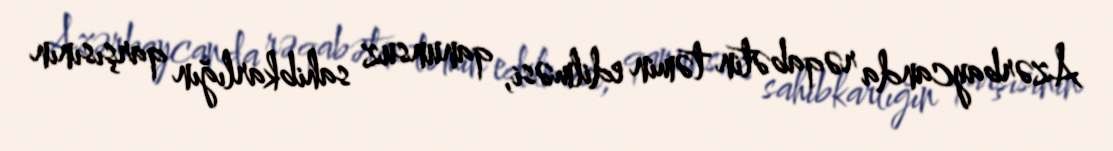
Azərbaycanda rəqabətin təmin edilməsi, qanunsuz sahibkarlığın qarşısının